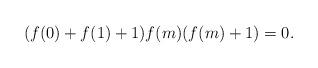
LaTeX: \begin{align*}(f(0)+f(1)+1)f(m)(f(m)+1)=0.\end{align*}